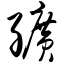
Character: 纩